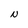
Character: N